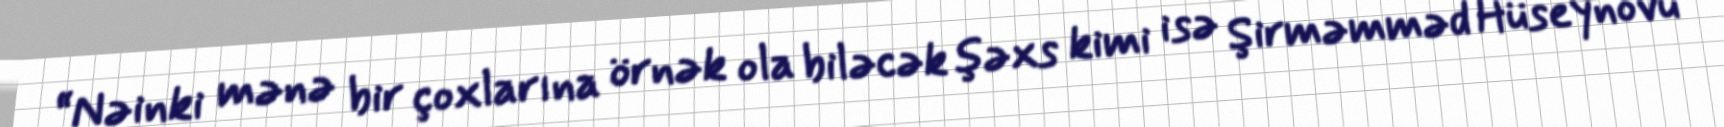
“Nəinki mənə bir çoxlarına örnək ola biləcək şəxs kimi isə Şirməmməd Hüseynovu